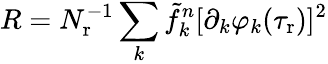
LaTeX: R=N_{\mathrm{r}}^{-1}\sum_{k}\tilde{f}_{k}^{n}[\partial_{k}\varphi_{k}(\tau_{\mathrm{r}})]^{2}